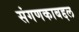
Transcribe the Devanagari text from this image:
संगणकाबद्दल